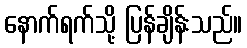
နောက်ရက်သို့ ပြန်ချိန်းသည်။